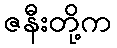
ဇနီးတို့က